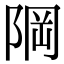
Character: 𨹽